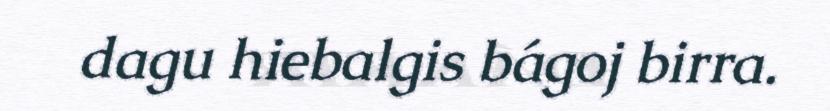
dagu hiebalgis bágoj birra.